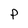
Character: P